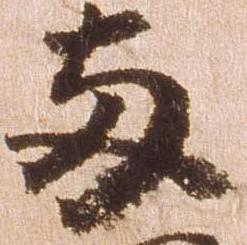
両